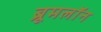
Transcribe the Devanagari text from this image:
ब्रूमलॉन